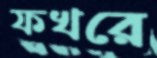
ফখরে